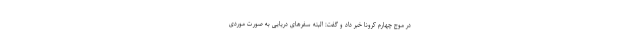
در موج چهارم کرونا خبر داد و گفت: البته سفرهای دریایی به صورت موردی